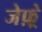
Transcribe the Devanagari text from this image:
जेफ़्रे